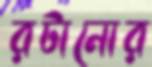
রটানোর